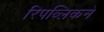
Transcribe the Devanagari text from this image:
रिपब्लिकने